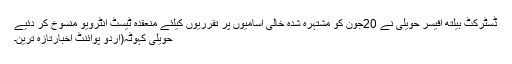
ڈسٹرکٹ ہیلتھ آفیسر حویلی نے 20جون کو مشتہرہ شدہ خالی آسامیوں پر تقرریوں کیلئے منعقدہ ٹیسٹ انٹرویو منسوخ کر دئیے
حویلی کہوٹہ(اُردو پوائنٹ اخبارتازہ ترین۔